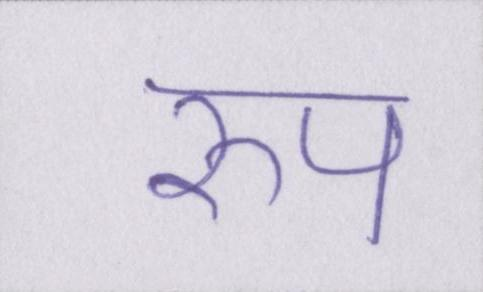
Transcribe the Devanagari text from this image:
रुप